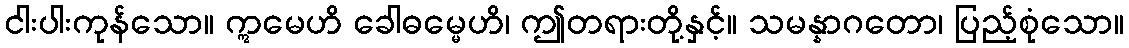
ငါးပါးကုန်သော။ ဣမေဟိ ခေါဓမ္မေဟိ၊ ဤတရားတို့နှင့်။ သမန္နာဂတော၊ ပြည့်စုံသော။